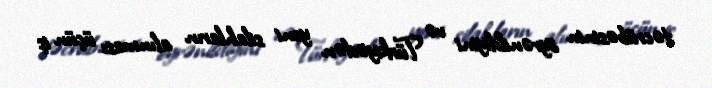
təcrübəsinin öyrənildiyini və Türkiyədən yeni silahların alınması üçün iş